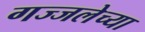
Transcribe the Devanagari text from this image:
गज्जलेच्या